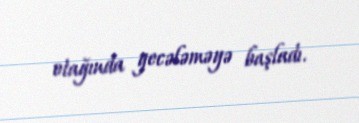
otağında gecələməyə başladı.